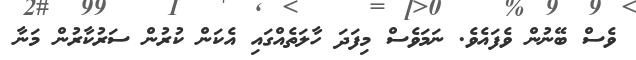
ވެސް ބޭނުން ވެފައެވެ. ނަމަވެސް މިފަދަ ހާލަތެއްގައި އެކަން ކުރުން ސަރުކާރުން މަނާ